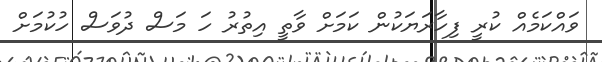
ވައްކަމެއް ކުރީ ފިހާރަޔަކުން ކަމަށް ވާތީ އިތުރު ހަ މަސް ދުވަސް ހުކުމަށް